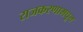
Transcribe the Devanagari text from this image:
राजकरणामधून